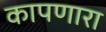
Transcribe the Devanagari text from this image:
कापणारा